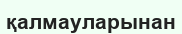
қалмауларынан